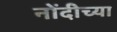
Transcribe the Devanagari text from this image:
नोंदीच्या